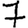
Digit: 7